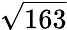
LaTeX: \sqrt{163}